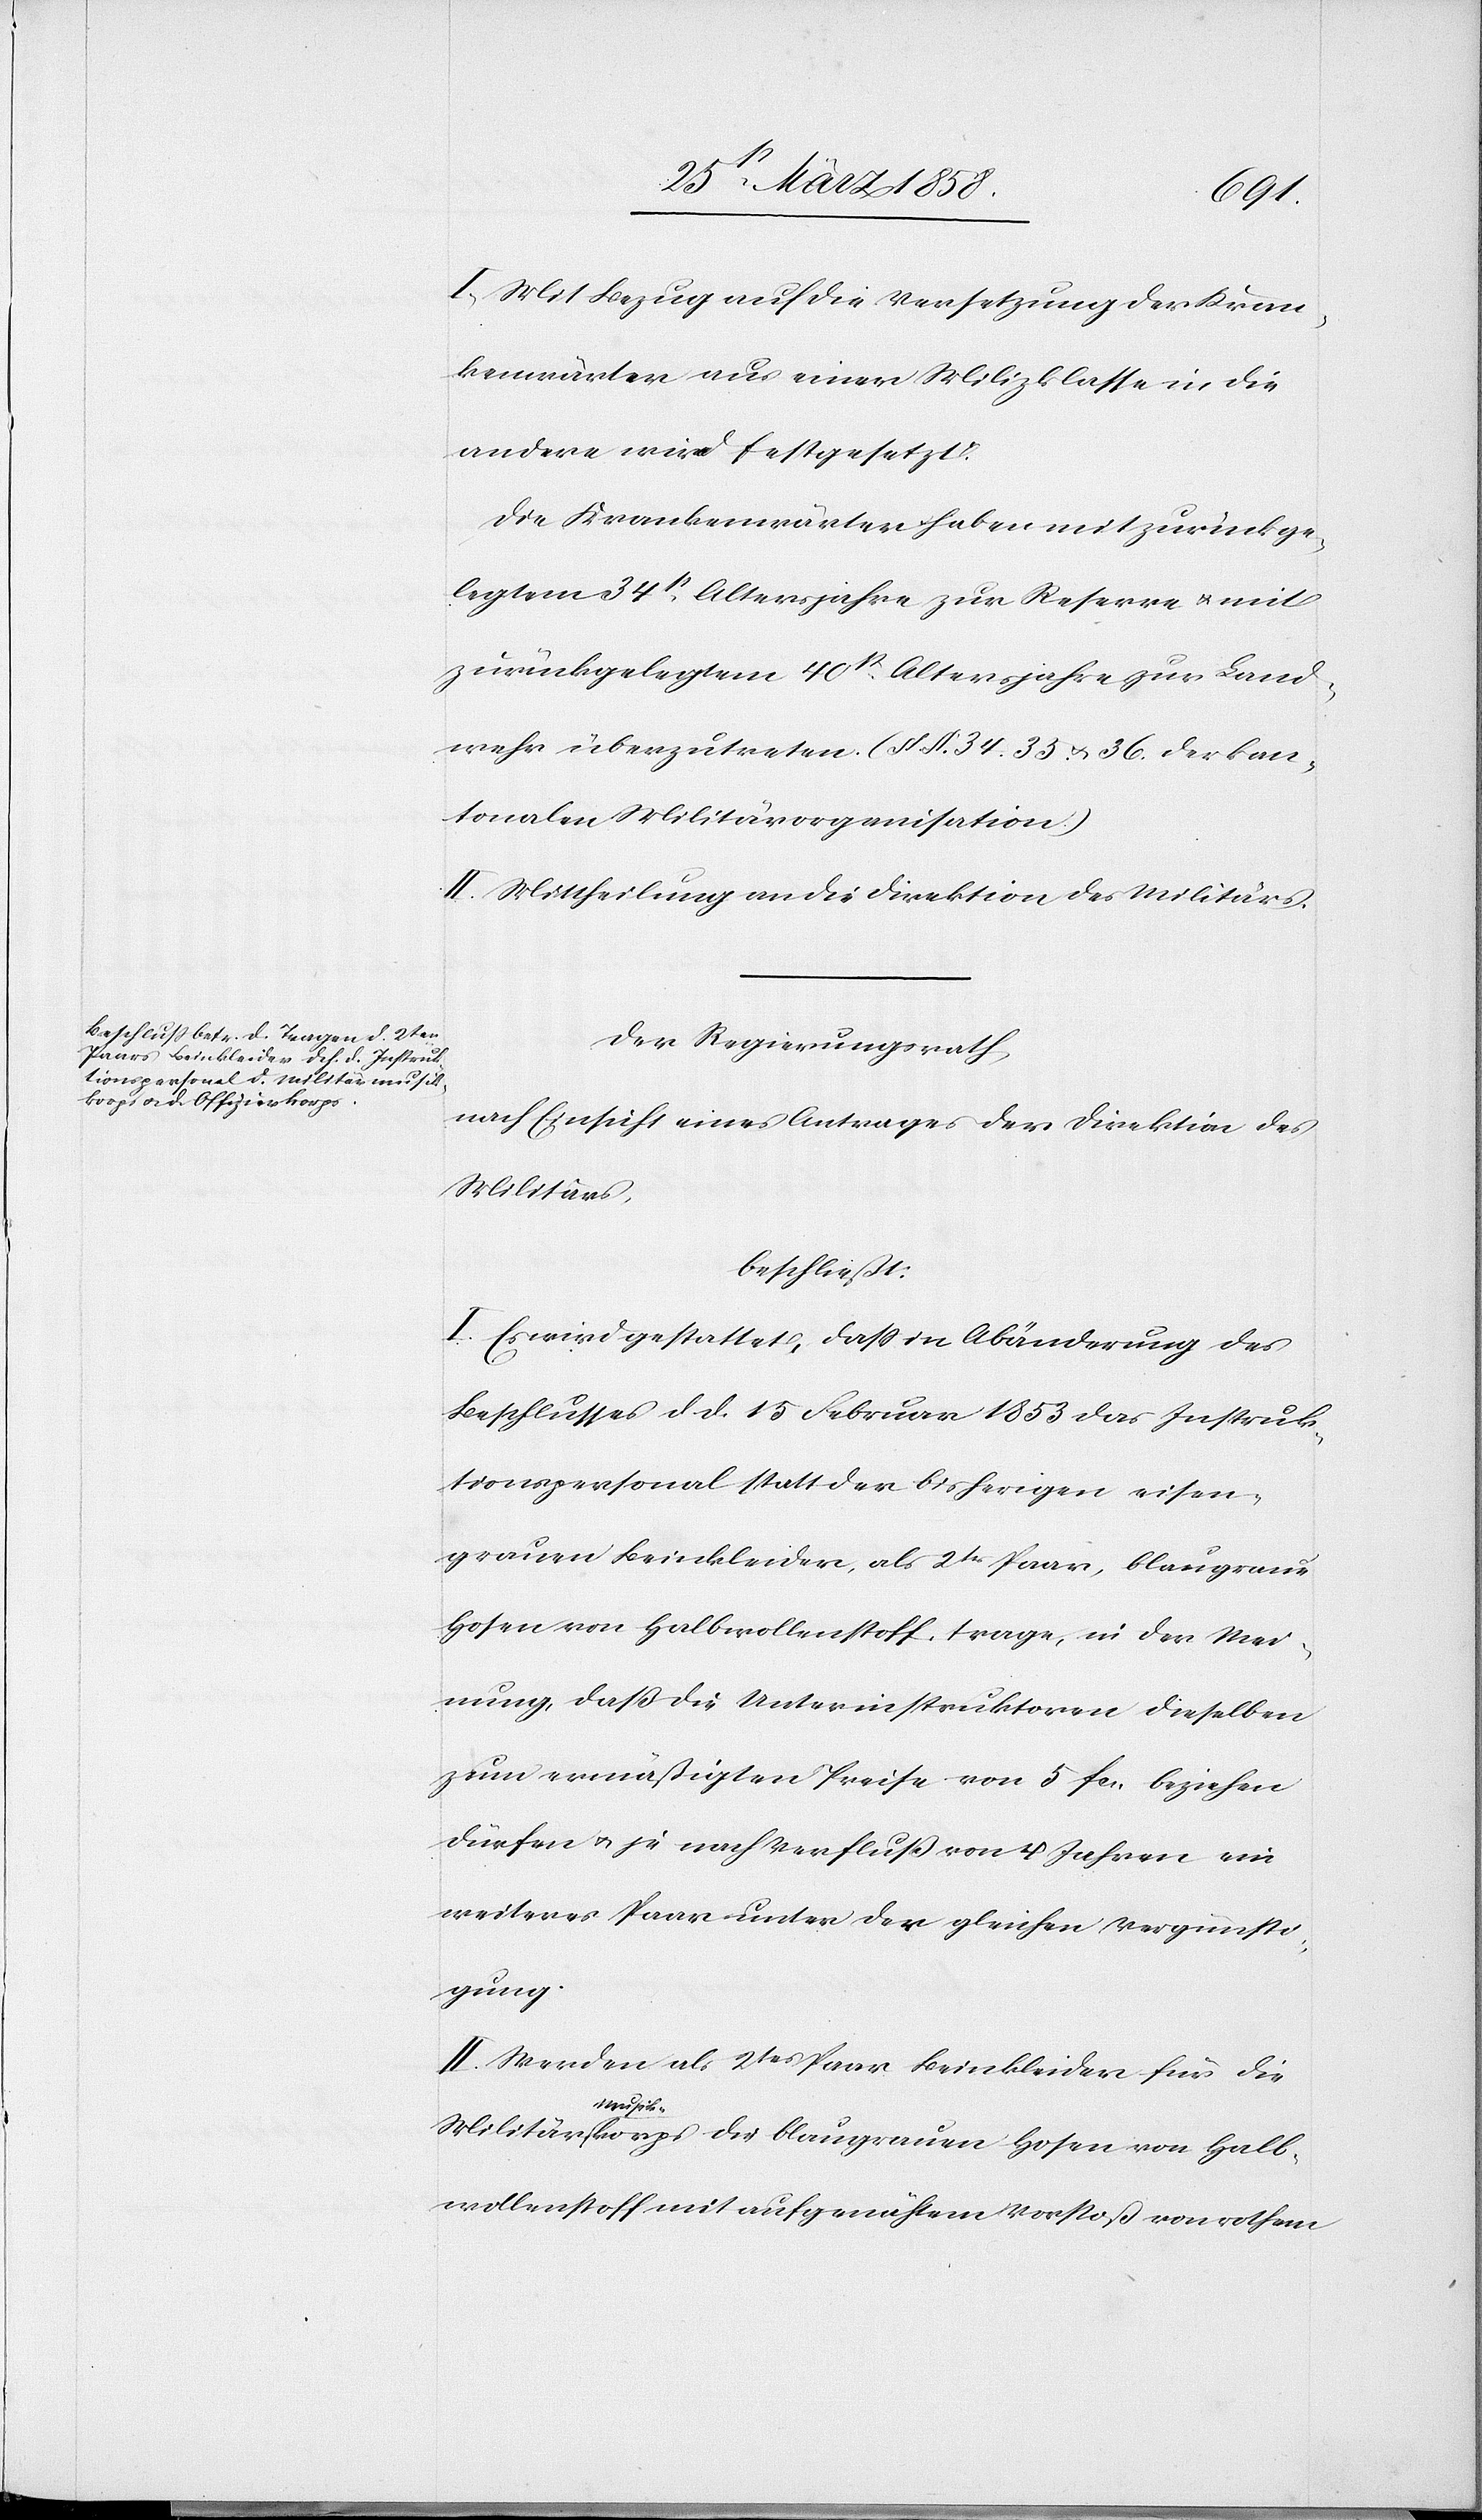
I. Mit Bezug auf die Versetzung der Kran¬
krenwärter aus einer Milizklasse in die
andere wird festgesetzt:
Die Krankenwärter haben mit zurückge¬
legtem 34st Altersjahre zur Reserve u. mit
zurückgelegtem 40st Altersjahre zur Land¬
wehr überzutreten. (§§. 34. 35. u. 36. der kan¬
tonalen Militärorganisation.)
II. Mittheilung an die Direktion des Militärs.
Der Regierungsrath,
nach Einsicht eines Antrages der Direktion des
Militärs,
beschließt:
I. Es wird gestattet, daß in Abänderung des
Beschlusses d. d. 15. Februar 1853 das Instruk¬
tionspersonal statt der bisherigen eisen¬
grauen Beinkleider, als 2ts Paar, blaugraue
Hosen von Halbwollenstoff, trage, in der Mei¬
nung, daß die Unterinstruktionen dieselben
zum ermäßigten Preise von 5 fcs. beziehen
dürfen u. je nach Verfluß von 4 Jahren ein
weiteres Paar unter der gleichen Vergünsti¬
gung.
II. Werden als 2tes Paar Beinkleider für die
Militärmusikkorps die blaugrauen Hosen von Halb¬
wollenstoff mit aufgenähtem Vorstoß von rothem